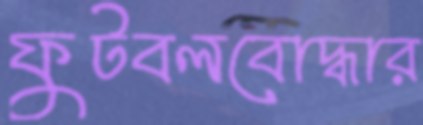
ফুটবলবোদ্ধার